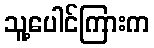
သူ့ပေါင်ကြားက